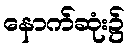
နောက်ဆုံး၌